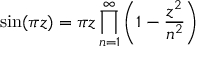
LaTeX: \sin ( \pi z ) = \pi z \displaystyle \prod _ { n = 1 } ^ { \infty } \left( 1 - { \frac { z ^ { 2 } } { n ^ { 2 } } } \right)